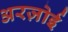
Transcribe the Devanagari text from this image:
अरज़ोई